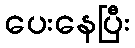
ပေးနေပြီး